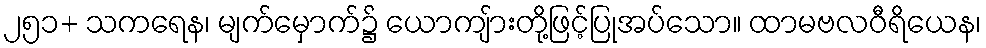
၂၅၁+ သကရေန၊ မျက်မှောက်၌ ယောကျ်ားတို့ဖြင့်ပြုအပ်သော။ ထာမဗလဝီရိယေန၊